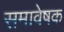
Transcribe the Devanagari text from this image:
समावेषक